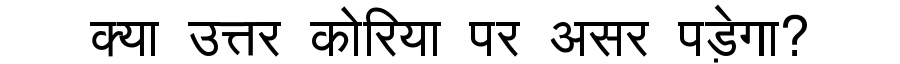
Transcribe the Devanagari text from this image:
क्या उत्तर कोरिया पर असर पड़ेगा?